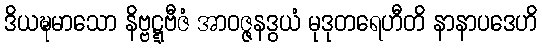
ဒိယဍ္ဎမာသော နိဗ္ဗဋ္ဋဗီဇံ အာဝဇ္ဇနဒွယံ မုဒုတရေဟီတိ နာနာပဒေဟိ